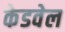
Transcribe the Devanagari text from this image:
केडवेल